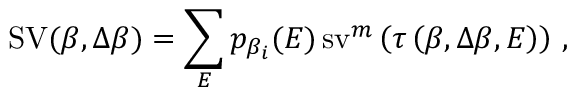
\operatorname { S V } ( \beta , \Delta \beta ) = \sum _ { E } p _ { \beta _ { i } } ( E ) \operatorname { s v } ^ { m } \left( \tau \left( \beta , \Delta \beta , E \right) \right) \, ,